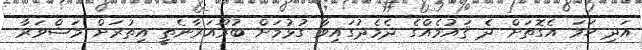
އަދި ހަމަ އެގޮތަށް ދެ ޤައުމެއްގެ ދެމެދުގައިވާ ގުޅުމަށް ބުރޫއަރާނެތީ އިތުރަށް މަޝްވަރާ